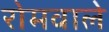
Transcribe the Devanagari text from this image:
रोमवाले